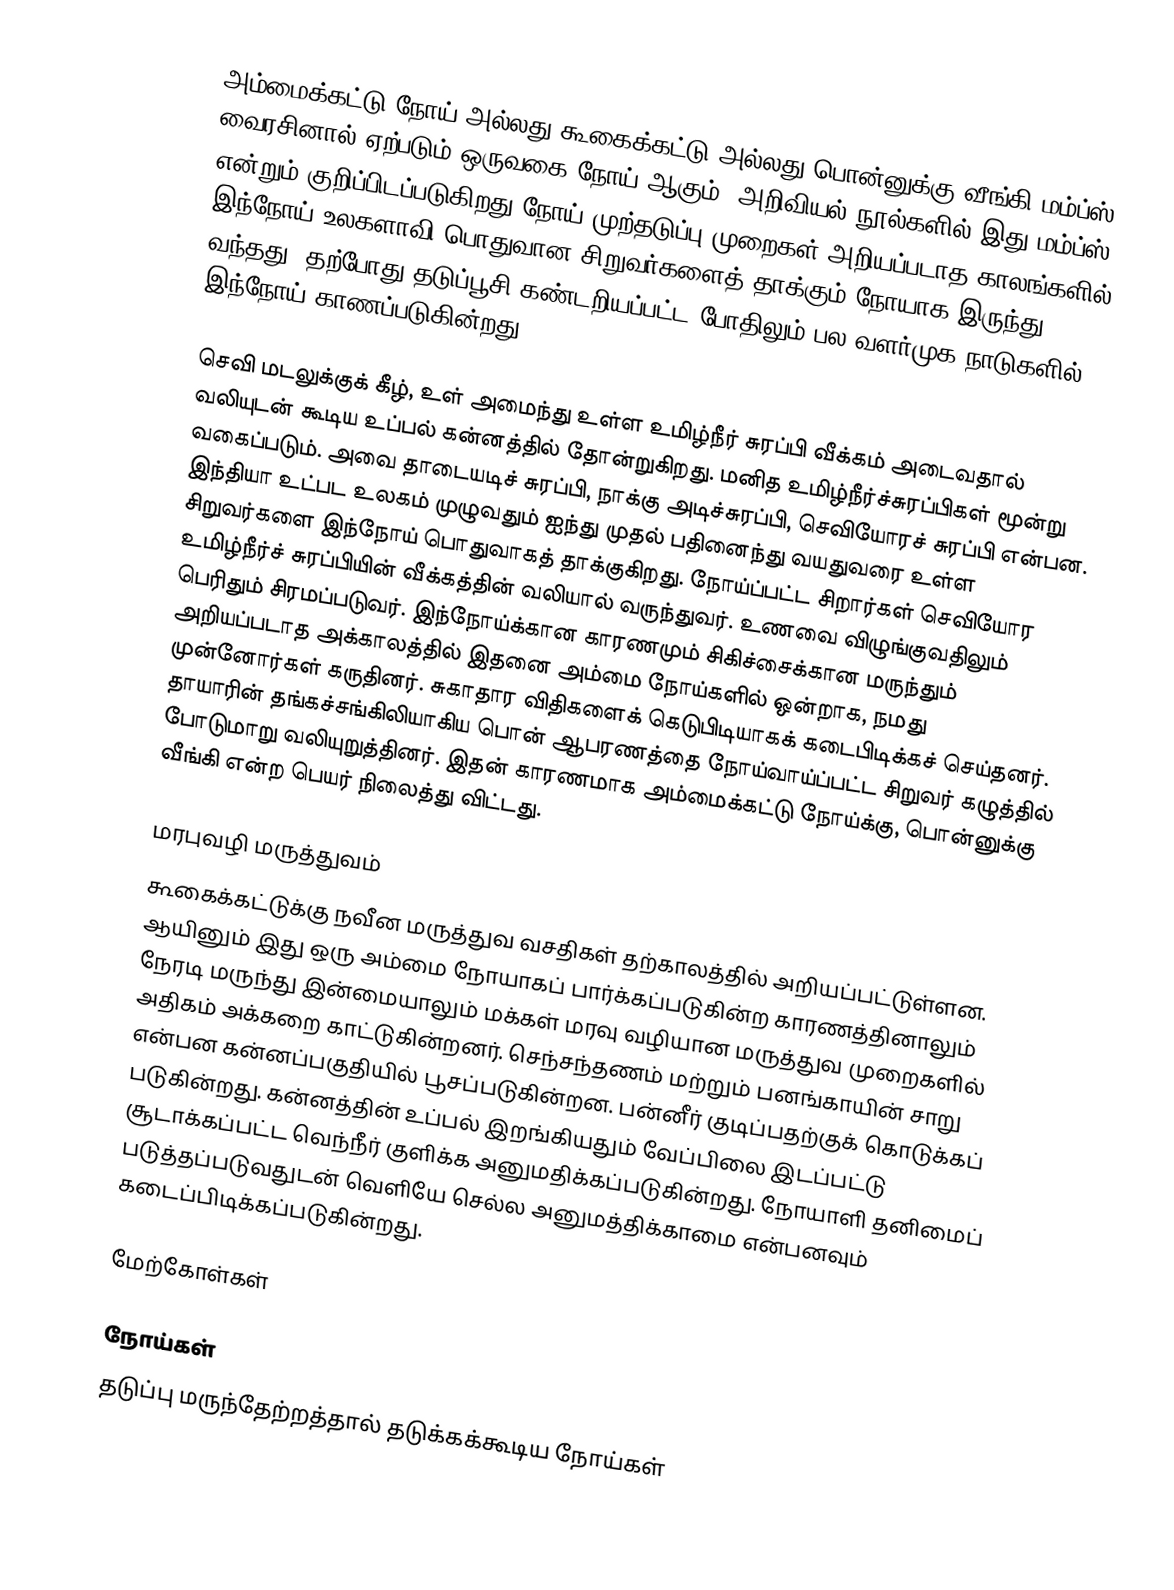
அம்மைக்கட்டு நோய் அல்லது கூகைக்கட்டு அல்லது பொன்னுக்கு வீங்கி மம்ப்ஸ் வைரசினால் ஏற்படும் ஒருவகை நோய் ஆகும். அறிவியல் நூல்களில் இது மம்ப்ஸ் என்றும் குறிப்பிடப்படுகிறது.நோய் முற்தடுப்பு முறைகள் அறியப்படாத காலங்களில் இந்நோய் உலகளாவி பொதுவான சிறுவர்களைத் தாக்கும் நோயாக இருந்து வந்தது. தற்போது தடுப்பூசி கண்டறியப்பட்ட போதிலும் பல வளர்முக நாடுகளில் இந்நோய் காணப்படுகின்றது.

செவி மடலுக்குக் கீழ், உள் அமைந்து உள்ள உமிழ்நீர் சுரப்பி வீக்கம் அடைவதால் வலியுடன் கூடிய உப்பல் கன்னத்தில் தோன்றுகிறது.  மனித உமிழ்நீர்ச்சுரப்பிகள் மூன்று வகைப்படும். அவை தாடையடிச் சுரப்பி, நாக்கு அடிச்சுரப்பி, செவியோரச் சுரப்பி என்பன. இந்தியா உட்பட உலகம் முழுவதும் ஐந்து முதல் பதினைந்து வயதுவரை உள்ள சிறுவர்களை இந்நோய் பொதுவாகத் தாக்குகிறது. நோய்ப்பட்ட சிறார்கள் செவியோர உமிழ்நீர்ச் சுரப்பியின் வீக்கத்தின் வலியால் வருந்துவர். உணவை விழுங்குவதிலும் பெரிதும் சிரமப்படுவர். இந்நோய்க்கான காரணமும் சிகிச்சைக்கான மருந்தும் அறியப்படாத அக்காலத்தில் இதனை அம்மை நோய்களில் ஒன்றாக, நமது முன்னோர்கள் கருதினர். சுகாதார விதிகளைக் கெடுபிடியாகக் கடைபிடிக்கச் செய்தனர். தாயாரின் தங்கச்சங்கிலியாகிய பொன் ஆபரணத்தை நோய்வாய்ப்பட்ட சிறுவர் கழுத்தில் போடுமாறு வலியுறுத்தினர். இதன் காரணமாக அம்மைக்கட்டு நோய்க்கு, பொன்னுக்கு வீங்கி என்ற பெயர் நிலைத்து விட்டது.

மரபுவழி மருத்துவம்
கூகைக்கட்டுக்கு நவீன மருத்துவ வசதிகள் தற்காலத்தில் அறியப்பட்டுள்ளன. ஆயினும் இது ஒரு அம்மை நோயாகப் பார்க்கப்படுகின்ற காரணத்தினாலும் நேரடி மருந்து இன்மையாலும் மக்கள் மரவு வழியான மருத்துவ முறைகளில் அதிகம் அக்கறை காட்டுகின்றனர். செந்சந்தணம் மற்றும் பனங்காயின் சாறு என்பன கன்னப்பகுதியில் பூசப்படுகின்றன. பன்னீர் குடிப்பதற்குக் கொடுக்கப் படுகின்றது. கன்னத்தின் உப்பல் இறங்கியதும் வேப்பிலை இடப்பட்டு சூடாக்கப்பட்ட வெந்நீர் குளிக்க அனுமதிக்கப்படுகின்றது. நோயாளி தனிமைப் படுத்தப்படுவதுடன் வெளியே செல்ல அனுமத்திக்காமை என்பனவும் கடைப்பிடிக்கப்படுகின்றது.

மேற்கோள்கள்

நோய்கள்
தடுப்பு மருந்தேற்றத்தால் தடுக்கக்கூடிய நோய்கள்